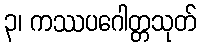
၃၊ ကဿပဂေါတ္တသုတ်